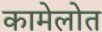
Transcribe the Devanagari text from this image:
कामेलोत